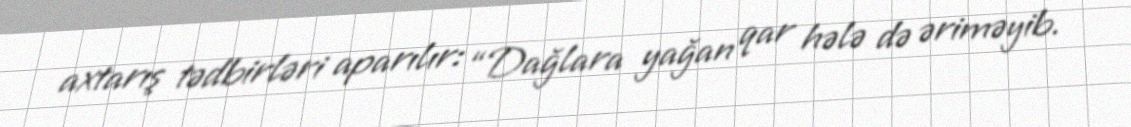
axtarış tədbirləri aparılır: “Dağlara yağan qar hələ də əriməyib.